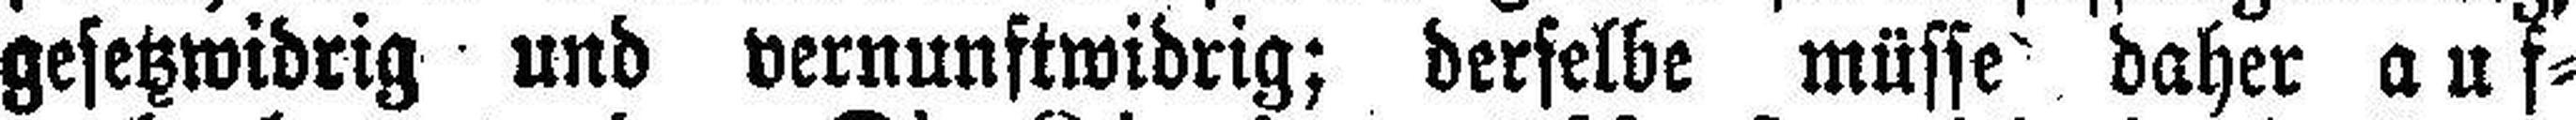
gesetzwidrig und vernunftwidrig; derselbe müsse daher auf¬